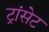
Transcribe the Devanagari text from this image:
ट्रांसेट